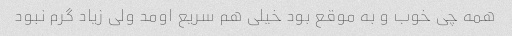
همه چی خوب و به موقع بود خیلی هم سریع اومد ولی زیاد گرم نبود